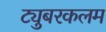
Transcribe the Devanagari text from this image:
ट्युबरकलम